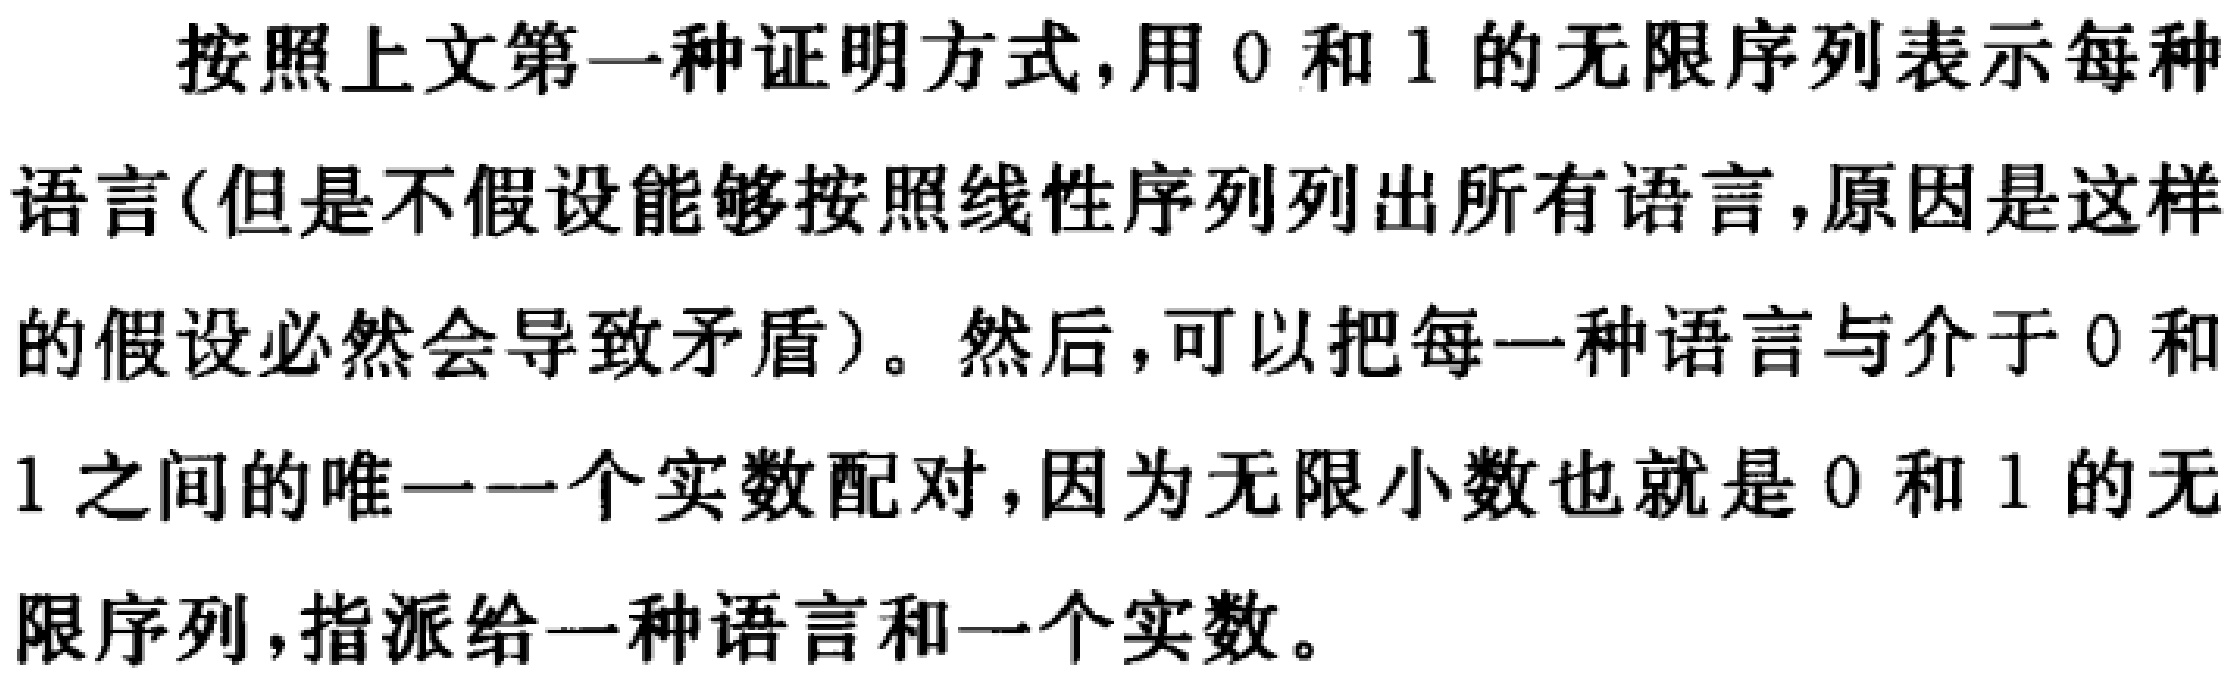
按照上文第一种证明方式，用 \(0\) 和 \(1\) 的无限序列表示每种语言(但是不假设能够按照线性序列列出所有语言，原因是这样的假设必然会导致矛盾)。然后，可以把每一种语言与介于 \(0\) 和 \(1\) 之间的唯一一个实数配对，因为无限小数也就是 \(0\) 和 \(1\) 的无限序列，指派给一种语言和一个实数。